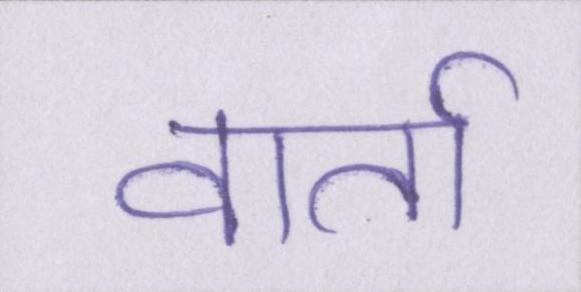
वार्ता